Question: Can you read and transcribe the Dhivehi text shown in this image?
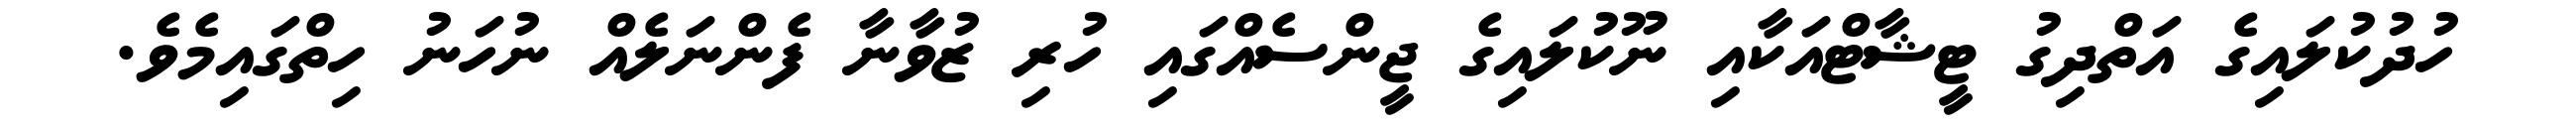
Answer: ހުދުކުލައިގެ އަތްދިގު ޓީޝާޓްއަކާއި ނޫކުލައިގެ ޖީންސެއްގައި ހުރި ޒުވާނާ ފެންނަލެއް ނުހަނު ހިތްގައިމެވެ.